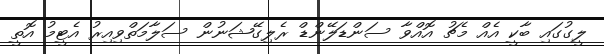
ލީގުގައި ބާކީ އެއް މެޗު އޮއްވާ ސަންޑަލޭންޑް ރެލިގޭޝަނުން ސަލާމަތްވިއިރު އެޓީމު އޮތީ